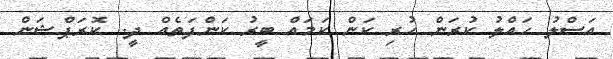
އަސްލު ހައްލު ކުރަން ހުރި ކަން ކަމައް ބީރު ކަންފަތެއް ދީ.. ކޮރަޕްޝަން